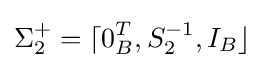
\Sigma _{2}^{+}=\lceil 0_{B}^{T},S_{2}^{-1},I_{B}\rfloor